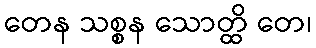
တေန သစ္စန သောတ္ထိ တေ၊